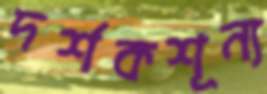
দর্শকশূন্য